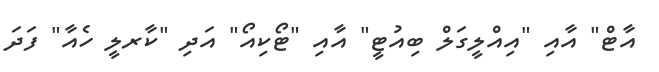
އާޓް" އާއި "އިއްލީގަލް ބިއުޓީ" އާއި "ޓޯކިއޯ" އަދި "ކާރލީ ހެއާ" ފަދަ